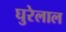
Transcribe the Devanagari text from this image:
घुरेलाल